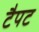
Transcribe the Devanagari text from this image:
टैपट